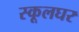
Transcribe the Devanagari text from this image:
स्कूलघर